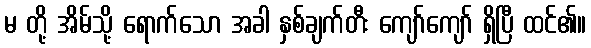
မ တို့ အိမ်သို့ ရောက်သော အခါ နှစ်ချက်တီး ကျော်ကျော် ရှိပြီ ထင်၏။